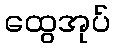
ထွေအုပ်